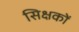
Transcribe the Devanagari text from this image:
सिक्षकों